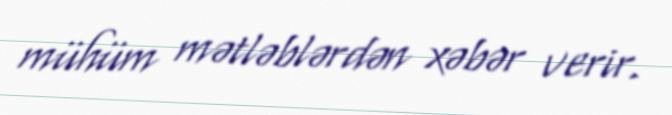
mühüm mətləblərdən xəbər verir.